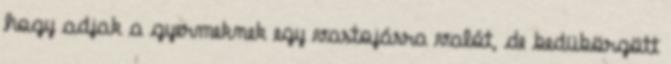
hogy adjak a gyermeknek egy vastojásra valót, de bedübörgött